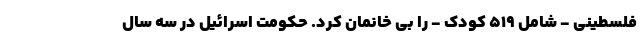
فلسطینی - شامل 519 کودک - را بی خانمان کرد. حکومت اسرائیل در سه سال